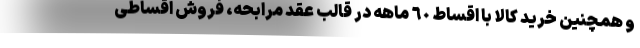
و همچنین خرید کالا با اقساط ٦٠ ماهه در قالب عقد مرابحه، فروش اقساطی